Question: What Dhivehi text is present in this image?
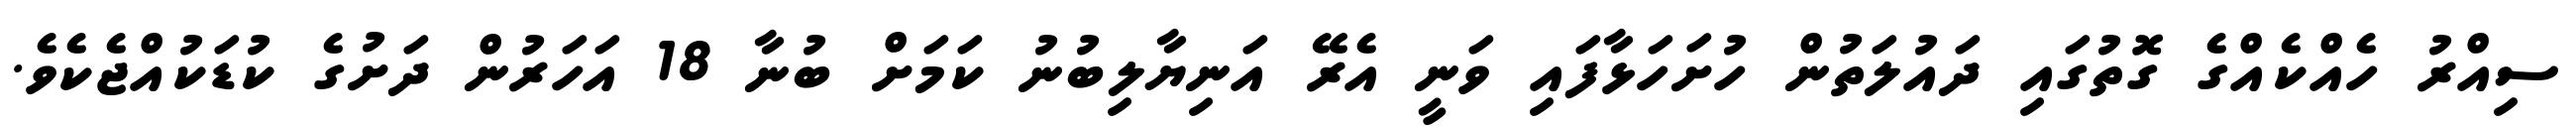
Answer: ސިއްރު ހެއްކެއްގެ ގޮތުގައި ދައުލަތުން ހުށަހަޅާފައި ވަނީ އެރޭ އަނިޔާލިބުނު ކަމަށް ބުނާ 18 އަހަރުން ދަށުގެ ކުޑަކުއްޖެކެވެ.